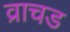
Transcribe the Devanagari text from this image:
व्राचड